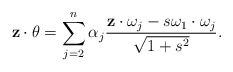
\begin{align*} \mathbf z \cdot \theta=\sum_{j=2}^{n}\alpha_j\frac{\mathbf z\cdot \omega_j-s\omega_1\cdot \omega_j}{\sqrt{1+s^2}}. \end{align*}